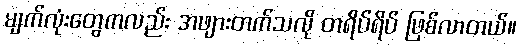
မျက်လုံးတွေကလည်း အဖျားတက်သလို တရိပ်ရိပ် ဖြစ်လာတယ်။